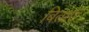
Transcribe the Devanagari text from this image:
बिताएँ